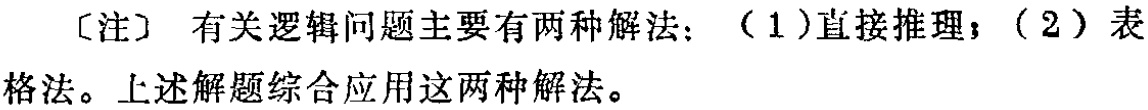
〔注〕 有关逻辑问题主要有两种解法：（1）直接推理；（2）表格法。上述解题综合应用这两种解法。